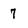
Character: 7